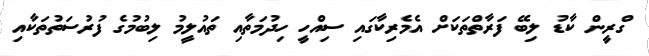
ގްރީން ކާޑު ލިބޭ ފަރާތްތަކަށް އެމެރިކާގައި ސިއްހީ ހިދުމަތާއި ތައުލީމު ލިބުމުގެ ފުރުސަތުތަކާއި